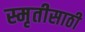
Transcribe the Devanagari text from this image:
स्मृतीसाठी